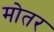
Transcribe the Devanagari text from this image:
मोतर